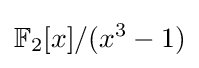
\mathbb {F} _{2}[x]/(x^{3}-1)